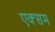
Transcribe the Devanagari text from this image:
एक्सम